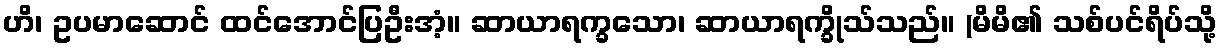
ဟိ၊ ဥပမာဆောင် ထင်အောင်ပြဦးအံ့။ ဆာယာရက္ခသော၊ ဆာယာရက္ခိုသ်သည်။ (မိမိ၏ သစ်ပင်ရိပ်သို့